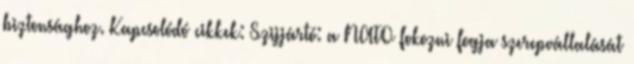
biztonsághoz. Kapcsolódó cikkek: Szijjártó: a NATO fokozni fogja szerepvállalását